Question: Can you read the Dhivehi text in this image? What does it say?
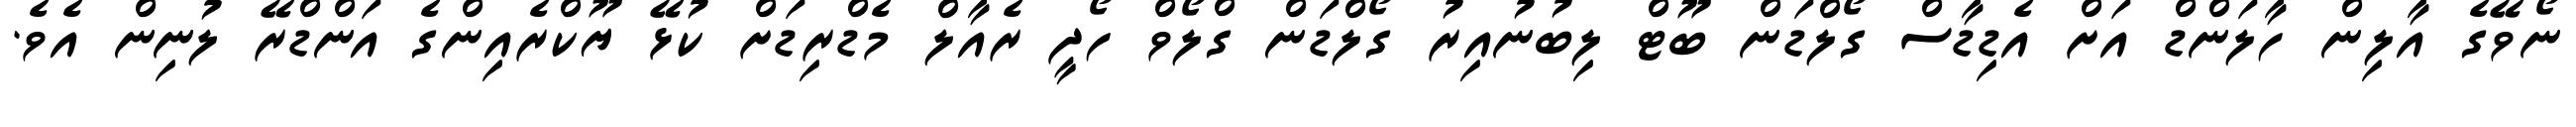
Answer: ނޯވޭގެ އާލިން ހާލަންޑް އަށް އެޑިޑާސް ގޯލްޑަން ބޫޓް ލިބުނުއިރު ގޯލްޑަން ގްލޯވް ހޯދީ ރެއާލް މެޑްރިޑަށް ކުޅޭ ޔޫކްރެއިންގެ އަންޑްރޭ ލުނިން އެވެ.